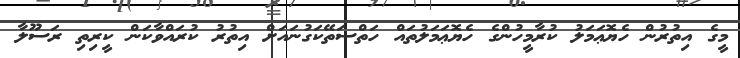
މީގެ އިތުރުން ހެޔޮޢަމަލު ކުރާމީހުންގެ ހެޔޮޢަމަލުތައް ހަތްސަތޭކަގުނައަށް އިތުރު ކުރައްވާކަން ކީރިތި ރަސޫލާ